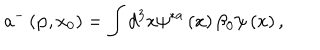
LaTeX: a ^ { - } \left( { \bf p } , x _ { 0 } \right) = \int d ^ { 3 } x \psi ^ { \ast a } \left( x \right) \beta _ { 0 } \psi \left( x \right) ,